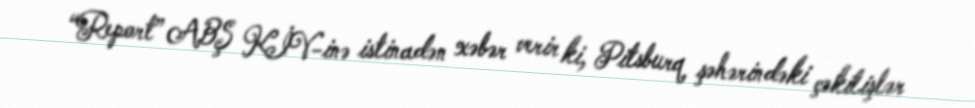
“Report” ABŞ KİV-inə istinadən xəbər verir ki, Pitsburq şəhərindəki çəkilişlər